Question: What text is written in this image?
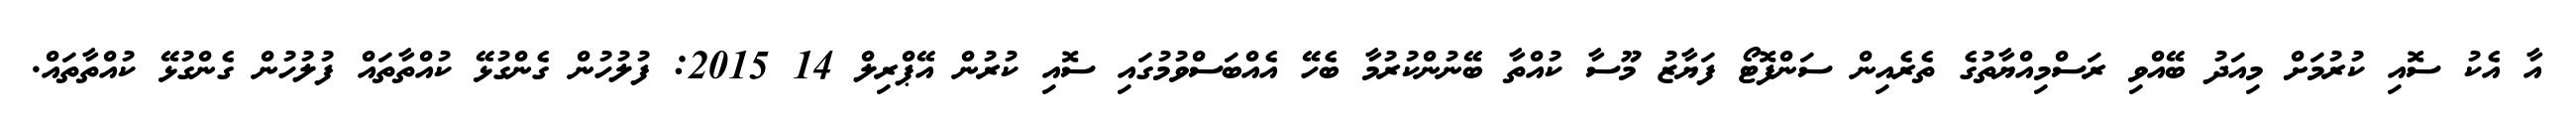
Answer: އާ އެކު ސޮއި ކުރުމަށް މިއަދު ބޭއްވި ރަސްމިއްޔާތުގެ ތެރެއިން ސަންފޮޓޯ ފަޔާޒު މޫސާ ކުއްތާ ބޭނުންކުރުމާ ބެހޭ އެއްބަސްވުމުގައި ސޮއި ކުރުން އޭޕްރިލް 14 2015: ފުލުހުން ގެންގުޅޭ ކުއްތާތައް ފުލުހުން ގެންގުޅޭ ކުއްތާތައް.